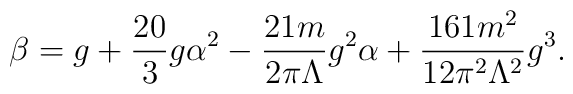
\beta = g + \frac{20}{3} g\alpha^2 - \frac{21m}{2 \pi\Lambda}g^2 \alpha +\frac{161 m^2}{12 \pi^2\Lambda^2} g^3.